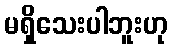
မရှိသေးပါဘူးဟု